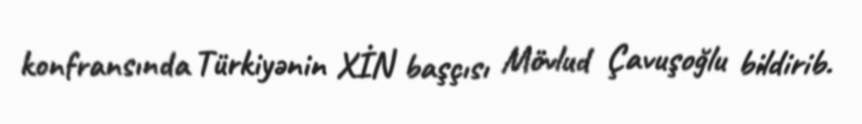
konfransında Türkiyənin XİN başçısı Mövlud Çavuşoğlu bildirib.